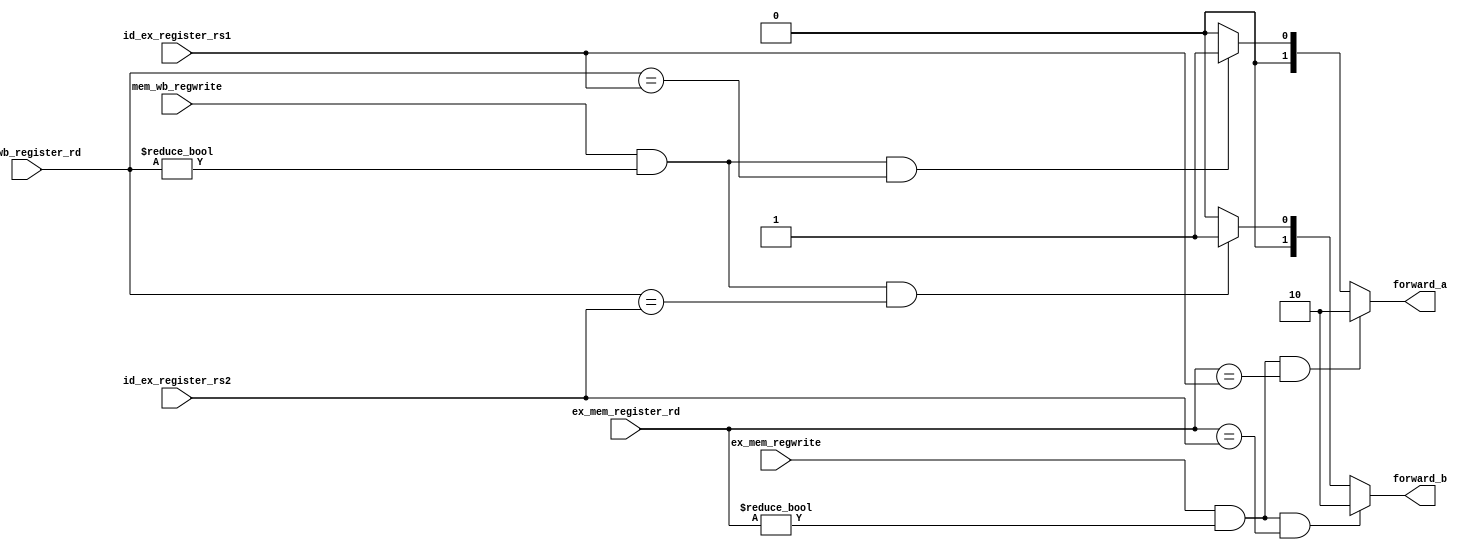
module fb_forwarding_unit (
  input [4:0] id_ex_register_rs1,
  input [4:0] id_ex_register_rs2,
  input ex_mem_regwrite,            //control signal in ex_mem register
  input [4:0] ex_mem_register_rd,
  input mem_wb_regwrite,            //control signal in mem_wb register
  input [4:0] mem_wb_register_rd,
  output [1:0] forward_a,           //control the alu source1 data from
  output [1:0] forward_b            //control the alu source2 data from
);
///////////////////////////////////////
// Digital ports:
// input: id_ex_register_rs1:5,id_ex_register_rs2:5,ex_mem_regwrite,ex_mem_register_rd:5,mem_wb_regwrite,mem_wb_register_rd:5
// output: forward_a:2,forward_b:2
///////////////////////////////////////
/////////////////////////////////////////////////
// forwarding code              comment
//      00                 data come from reg_file
//      10                 data come from alu result forwarding
//      01                 data come from memory or alu result which is long before now 
/////////////////////////////////////////////////
assign forward_a = (ex_mem_regwrite == 1 && 
                    ex_mem_register_rd != 0 &&
                    ex_mem_register_rd == id_ex_register_rs1) ? 2'b10 : 
                   (mem_wb_regwrite == 1 &&
                    mem_wb_register_rd != 0 &&
                    mem_wb_register_rd == id_ex_register_rs1) ? 2'b01 :
                    2'b00;

assign forward_b = (ex_mem_regwrite == 1 && 
                    ex_mem_register_rd != 0 &&
                    ex_mem_register_rd == id_ex_register_rs2) ? 2'b10 : 
                   (mem_wb_regwrite == 1 &&
                    mem_wb_register_rd != 0 &&
                    mem_wb_register_rd == id_ex_register_rs2) ? 2'b01 :
                    2'b00;


endmodule